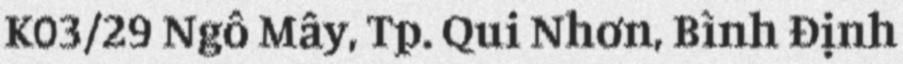
K03/29 Ngô Mây, Tp. Qui Nhơn, Bình Định